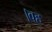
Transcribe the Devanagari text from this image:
।वह